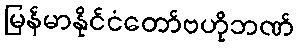
မြန်မာနိုင်ငံတော်ဗဟိုဘဏ်